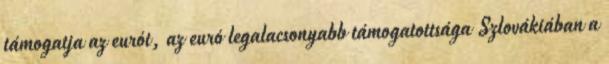
támogatja az eurót, az euró legalacsonyabb támogatottsága Szlovákiában a